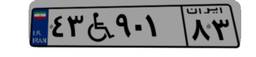
۶۳W۶۸۰۵۴